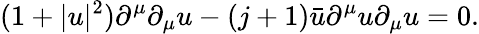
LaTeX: (1+|u|^{2})\partial^{\mu}\partial_{\mu}u-(j+1)\bar{u}\partial^{\mu}u\partial_{\mu}u=0.